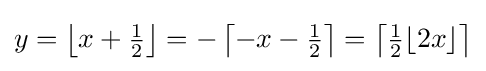
y=\left\lfloor x+{\tfrac {1}{2}}\right\rfloor =-\left\lceil -x-{\tfrac {1}{2}}\right\rceil =\left\lceil {\tfrac {1}{2}}\lfloor 2x\rfloor \right\rceil